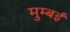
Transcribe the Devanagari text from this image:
मुम्बईं